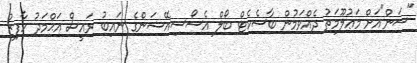
"ސަން"އަށް މަޢުލޫމަތު ދެއްވަމުން ބާސެކެޓް ބޯލް އެސޯސިއޭޝަންގެ ނައިބު ރައީސް އަޙްމަދު ހާފިޒު